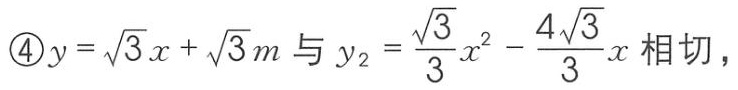
$\textcircled{4}y = \sqrt{3}x+\sqrt{3}m与y_{2}=\frac{\sqrt{3}}{3}x^{2}-\frac{4\sqrt{3}}{3}x相切，$